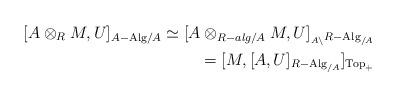
LaTeX: \begin{align*}[ A \otimes_R M, U]_{A-\mathrm{Alg}/A} \simeq [A \otimes_{R-alg/A} M, U]_{_{A \setminus}R-\mathrm{Alg}_{/A}}\\=[M, [A, U]_{R-\mathrm{Alg}_{/A}}]_{\mathrm{Top}_+}\end{align*}